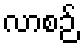
လာစဉ်